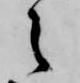
之